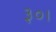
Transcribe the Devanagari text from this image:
३०।